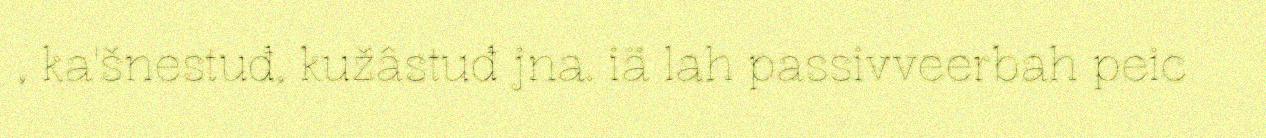
, ka'šnestuđ, kužâstuđ jna. iä lah passivveerbah peic